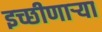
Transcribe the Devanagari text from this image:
इच्छीणाऱ्या